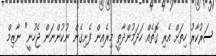
ސަރުކާރު ހިތަށް އެރި ގޮތެއް ހަދަމުންދާތީ މިރެއިން ފެށިގެން ނުކުންނަން ޖެހުނީ" ނާޒިމް